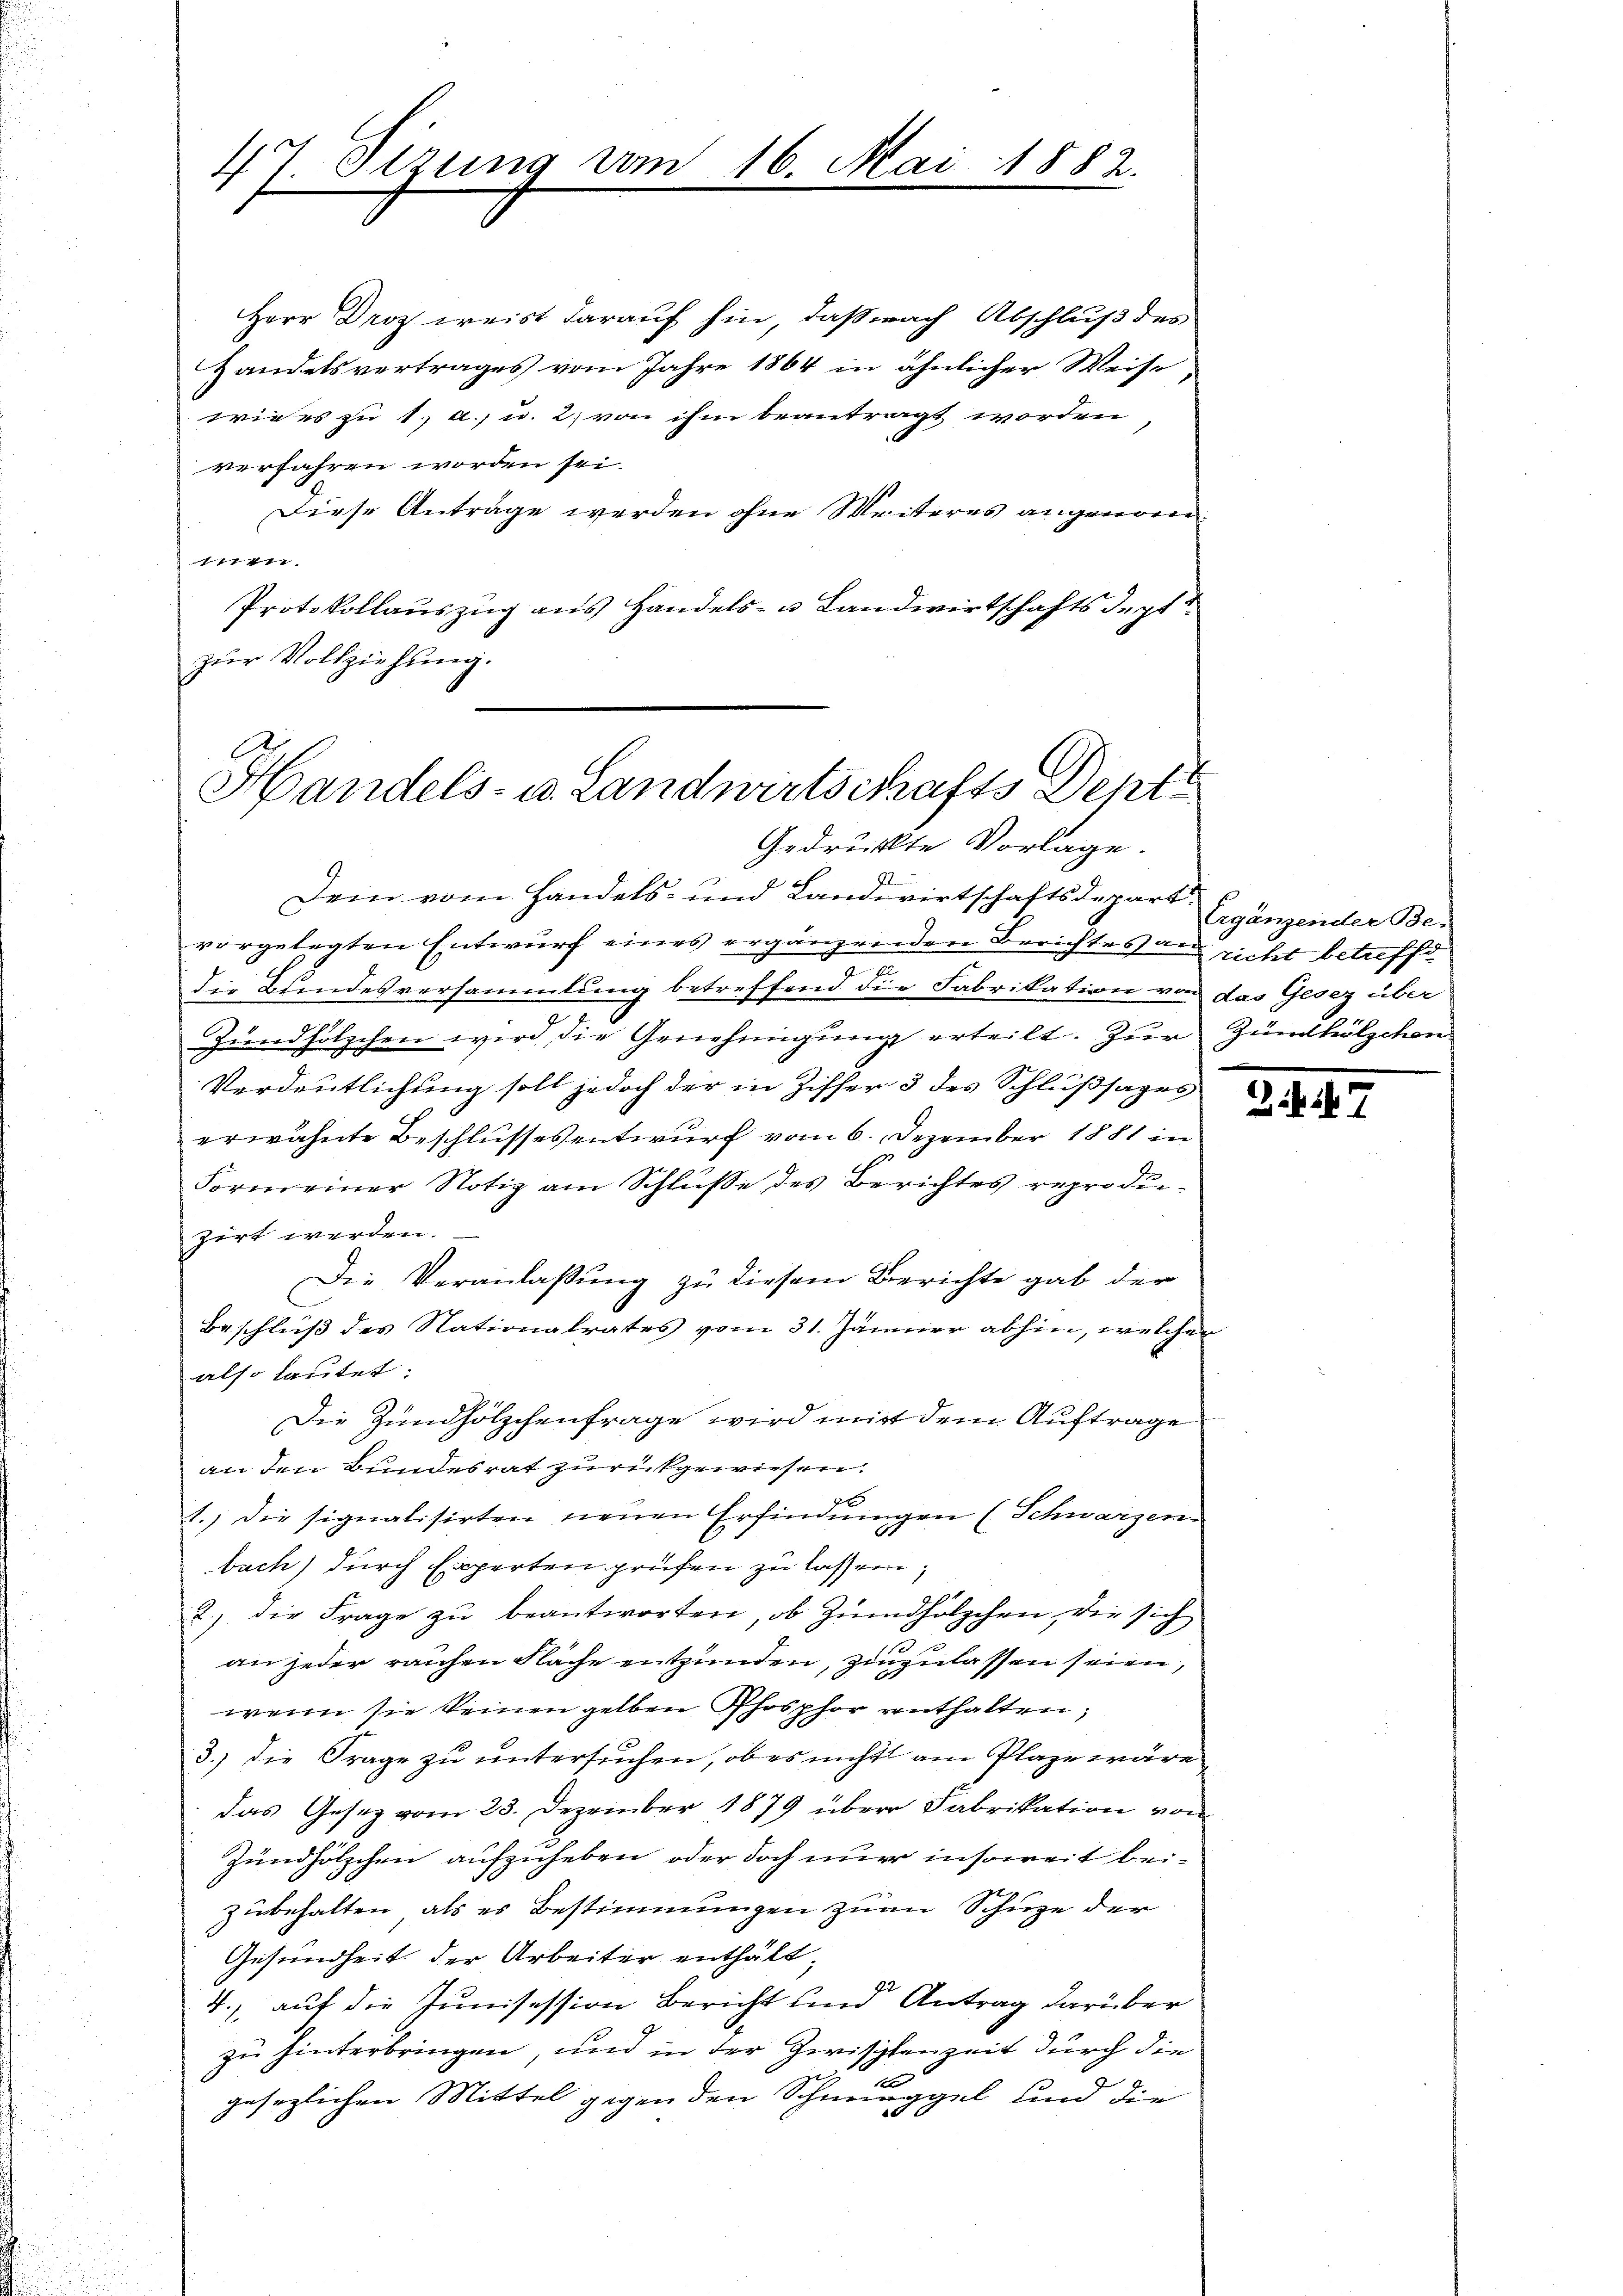
Herr Droz weist darauf hin, daß nach Abschluß des
Handelsvertrages vom Jahre 1864 in ähnlicher Weise
wiees zu 1., a. u. 2, von ihm beantragt worden
verfahren worden sei.
Diese Anträge werden ohne Weiteres angenom
7
Protokollaŭszŭg ans Handels- u Landwirtschaftsdept
zur Vollziehung.

47. Sizung vom 16. Mai 1882.

Handels- u. Landwirtschafts Dent
Gedrückte Vorlage.

Dein vom Handels- und Landwirtschaftsdepart
vorgelegten Entwurf eines ergänzenden Berichtes an richt betreffe
Die Bundesversammlung betreffend die Fabrikation von das Gesez über
Zündhölzchen wird die Genehmigung erteilt. Zur Zündhölzchen
Verdeutlichung soll jedoch der in Ziffer 3 des Schlußsages
erwähnte Beschlussesentwurf vom 6. Dezember 1881 in
Form einer Notiz am Schlŭsse des Berichtes reproduzirt werden.
Die Veranlaßung zu diesem Berichte gab der
Beschluß des Nationalrates vom 31. Jänner abhin, welchen
also lautet:
Die Zündhölzchenfrage wird mit dem Auftrage
an den Bundesrat zurückgewiesen.
1.) die signalisirten neuen Erfindungen (Schwarzen-
buch) durch Experten prüfen zu lassen,
2.) die Frage zu beantworten, ob Zündhölzchen, die sich
un
an jeder raichen Fläche entzünden, zinzulassen seien,
wenn sie keinen gelben Phosphor enthalten,
3.) die Frage zŭ ŭntersŭchen, ob es nicht am Plaze wäre
das Gesetz vom 23. Dezember 1879 über Fabrikation von
Zündhölzchen aufzuheben, oder doch nur insoweit beizubehalten, als es Bestimmungen zum Schuge der
Gesundheit der Arbeiter enthält;
72.
4.) auf die Tunisession Bericht und Antrag darüber
zu hinterbringen, und in der Zwischenzeit durch die
m
gesezlichen Mittel gegenden Schmuggel und die

Ergänzender Be-

2.4.6.